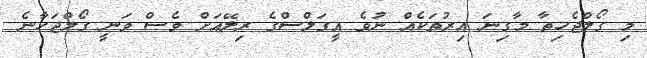
މި ގޯލްޖެހިތާ މާގިނަ އިރުތަކެއް ނުވެ އީގަލްސްގެ ރިލޭއަށް ވެސް ވަނީ ގޯލްޖަހާނެ